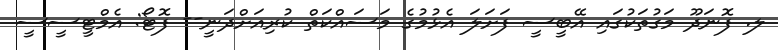
ލ. ފޮނަދޫ މަގުތަކުގައި އޭބީސީ ފަށަލަ އެޅުމުގެ މަސައްކަތް ކުރިއަށްދަނީ-- ފޮޓޯ: އެމްޓީސީސީ